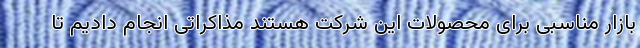
بازار مناسبی برای محصولات این شرکت هستند مذاکراتی انجام دادیم تا